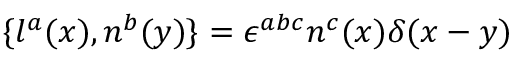
\{ l ^ { a } ( x ) , n ^ { b } ( y ) \} = \epsilon ^ { a b c } n ^ { c } ( x ) \delta ( x - y )